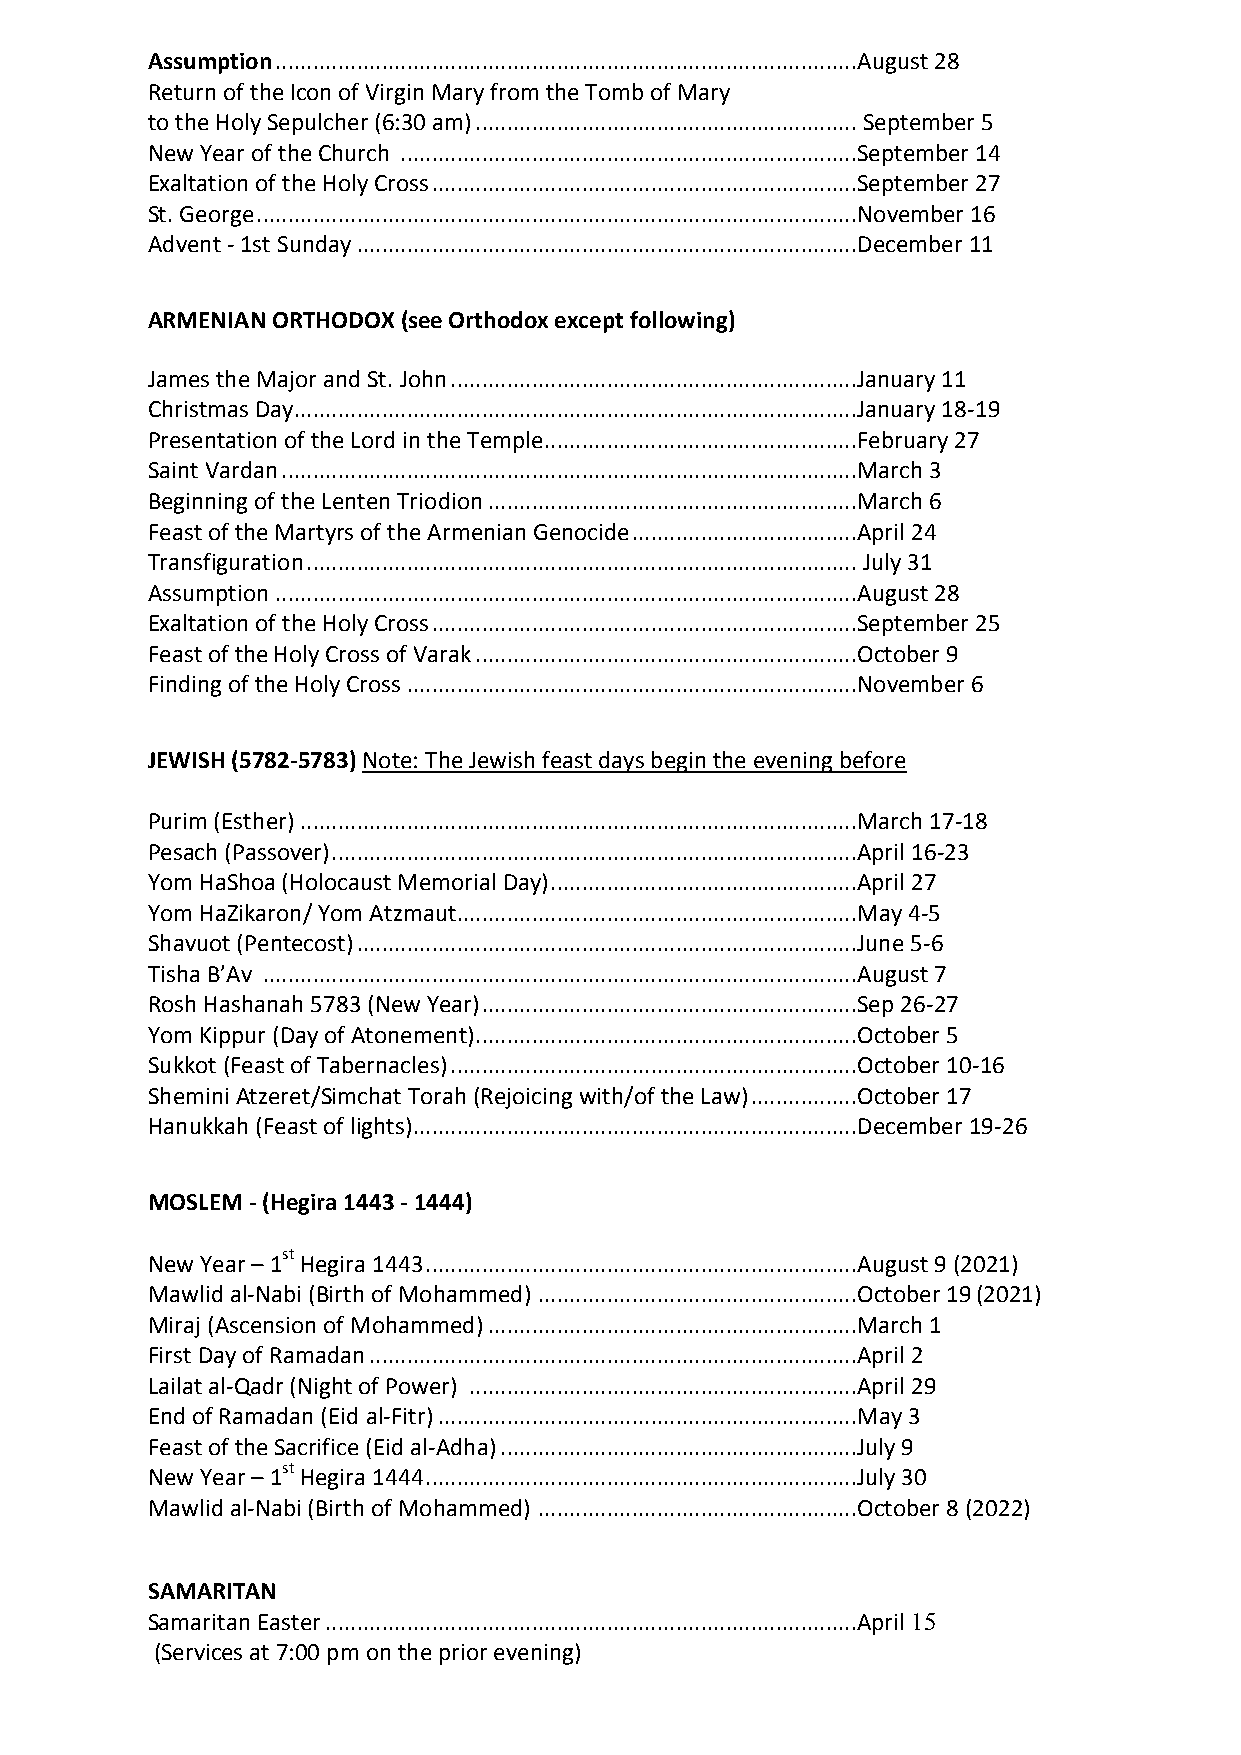
Assumption ............................................................................................. August 28
 Return of the Icon of Virgin Mary from the Tomb of Mary
 to the Holy Sepulcher (6:30 am) ............................................................. September 5
 New Year of the Church ......................................................................... September 14
 Exaltation of the Holy Cross .................................................................... September 27
 St. George ................................................................................................ November 16
 Advent - 1st Sunday ................................................................................ December 11
 ARMENIAN ORTHODOX (see Orthodox except following)
 James the Major and St. John ................................................................. January 11
 Christmas Day .......................................................................................... January 18-19
 Presentation of the Lord in the Temple.................................................. February 27
 Saint Vardan ............................................................................................ March 3
 Beginning of the Lenten Triodion ........................................................... March 6
 Feast of the Martyrs of the Armenian Genocide .................................... April 24
 Transfiguration ........................................................................................ July 31
 Assumption ............................................................................................. August 28
 Exaltation of the Holy Cross .................................................................... September 25
 Feast of the Holy Cross of Varak ............................................................. October 9
 Finding of the Holy Cross ........................................................................ November 6
 JEWISH (5782-5783) Note: The Jewish feast days begin the evening before
 Purim (Esther) ......................................................................................... March 17-18
 Pesach (Passover) .................................................................................... April 16-23
 Yom HaShoa (Holocaust Memorial Day) ................................................. April 27
 Yom HaZikaron/ Yom Atzmaut ................................................................ May 4-5
 Shavuot (Pentecost) ................................................................................ June 5-6
 Tisha B’Av ............................................................................................... August 7
 Rosh Hashanah 5783 (New Year) ............................................................ Sep 26-27
 Yom Kippur (Day of Atonement) ............................................................. October 5
 Sukkot (Feast of Tabernacles) ................................................................. October 10-16
 Shemini Atzeret/Simchat Torah (Rejoicing with/of the Law) ................. October 17
 Hanukkah (Feast of lights) ....................................................................... December 19-26
 MOSLEM - (Hegira 1443 - 1444)
 st
 New Year – 1 Hegira 1443 ..................................................................... August 9 (2021)
 Mawlid al-Nabi (Birth of Mohammed) ................................................... October 19(2021)
 Miraj (Ascension of Mohammed) ........................................................... March 1
 First Day of Ramadan .............................................................................. April 2
 Lailat al-Qadr (Night of Power) .............................................................. April 29
 End of Ramadan (Eid al-Fitr) ................................................................... May 3
 Feast of the Sacrifice (Eid al-Adha) ......................................................... July 9
 st
 New Year – 1 Hegira 1444 ..................................................................... July 30
 Mawlid al-Nabi (Birth of Mohammed) ................................................... October 8 (2022)
 SAMARITAN
 Samaritan Easter ..................................................................................... April 51
 (Services at 7:00 pm on the prior evening)